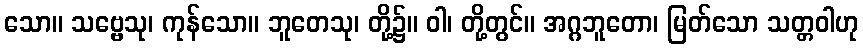
သော။ သဗ္ဗေသု၊ ကုန်သော။ ဘူတေသု၊ တို့၌။ ဝါ၊ တို့တွင်။ အဂ္ဂဘူတော၊ မြတ်သော သတ္တဝါဟု